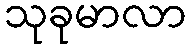
သုခုမာလာ